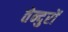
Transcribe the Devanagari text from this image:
तेन्दुरों